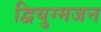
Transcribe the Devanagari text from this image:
द्वियुग्मजन